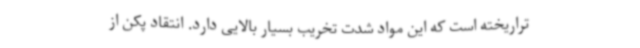
تراریخته است که این مواد شدت تخریب بسیار بالایی دارد. انتقاد پکن از